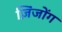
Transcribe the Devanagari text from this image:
ज़िंजोंग